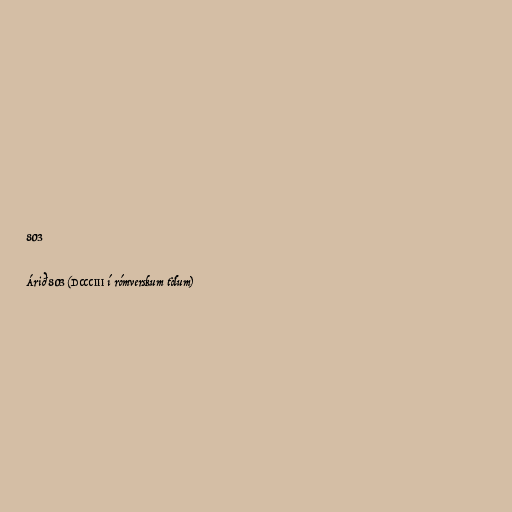
803

Árið 803 (DCCCIII í rómverskum tölum)